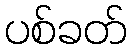
ပစ်ခတ်